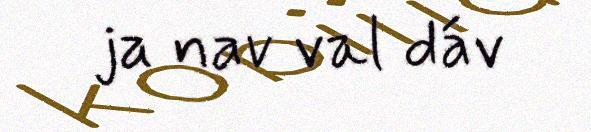
ja nav val dáv